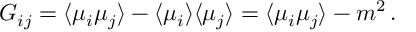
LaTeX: G _ { i j } = \langle \mu _ { i } \mu _ { j } \rangle - \langle \mu _ { i } \rangle \langle \mu _ { j } \rangle = \langle \mu _ { i } \mu _ { j } \rangle - m ^ { 2 } \, .